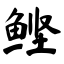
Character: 鲣